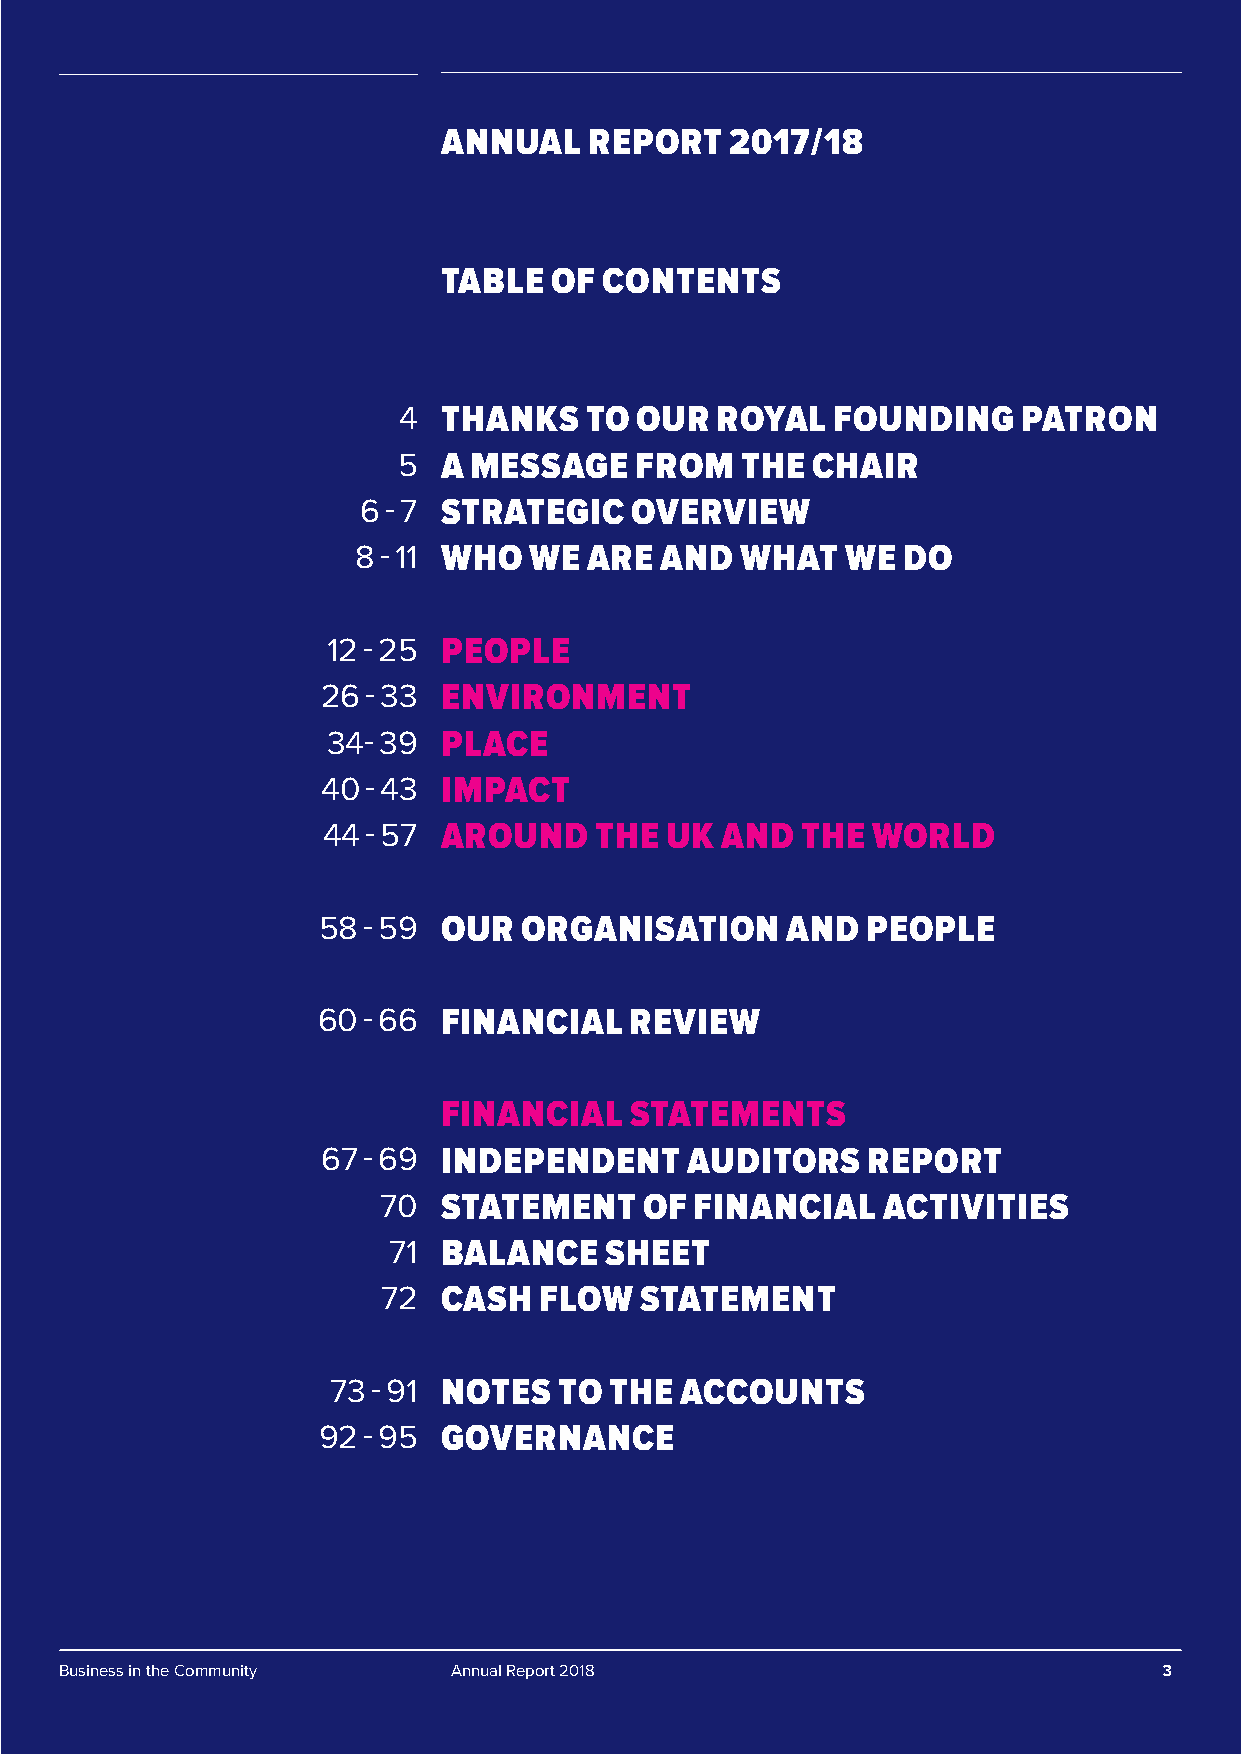
ANNUAL    REPORT   2017/18
 TABLE  OF  CONTENTS
 4  THANKS    TO OUR  ROYAL   FOUNDING     PATRON
 5  A MESSAGE    FROM   THE  CHAIR
 6 - 7 STRATEGIC   OVERVIEW
 8 - 11 WHO WE  ARE  AND  WHAT   WE  DO
 12 - 25 PEOPLE
 26 - 33 ENVIRONMENT
 34- 39 PLACE
 40 - 43 IMPACT
 44 - 57 AROUND    THE  UK  AND  THE  WORLD
 58 - 59 OUR   ORGANISATION     AND  PEOPLE
 60 - 66 FINANCIAL    REVIEW
 FINANCIAL    STATEMENTS
 67 - 69 INDEPENDENT     AUDITORS    REPORT
 70  STATEMENT     OF FINANCIAL   ACTIVITIES
 71 BALANCE    SHEET
 72  CASH   FLOW  STATEMENT
 73 - 91 NOTES  TO THE  ACCOUNTS
 92 - 95 GOVERNANCE
 Business in the Community Annual Report 2018                             3